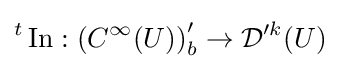
{}^{t}\operatorname {In} :\left(C^{\infty }(U)\right)_{b}^{\prime }\to {\mathcal {D}}'^{k}(U)